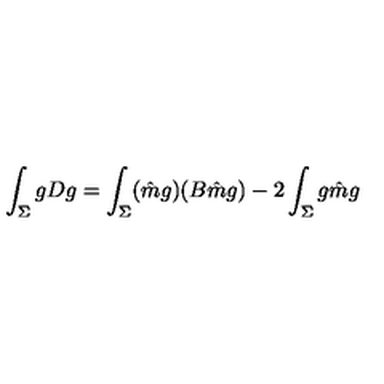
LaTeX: \int _ { \Sigma } g D g = \int _ { \Sigma } ( \hat { m } g ) ( B \hat { m } g ) - 2 \int _ { \Sigma } g \hat { m } g